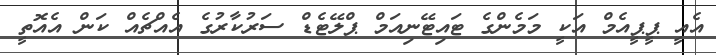
އެއީ ޕީޕީއެމް އަކީ މަމެންގެ ޓައިޓޭނިއަމް ޕްލޭޓެޑް ސަރުކާރުގެ އެއްޗެއް ކަން އެއޮތީ